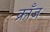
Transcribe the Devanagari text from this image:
क्राँज